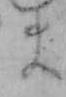
ま